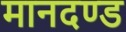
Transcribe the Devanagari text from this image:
मानदण्‍ड